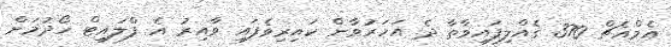
އެމްއެޗް 370 ގެއްލިފައިވާތާ ދެ އަހަރުވާން ކައިރިވެފައި ވާއިރު އެ ފްލައިޓް ހޯދުމަށް